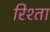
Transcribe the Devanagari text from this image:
रिश्‍ता